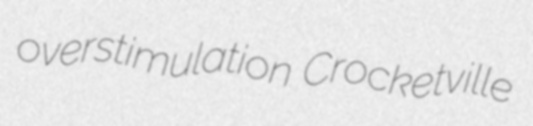
overstimulation Crocketville